Civil Veterinary Dept. Assam report 1911-1927 - 1911-1927
Year: 1911
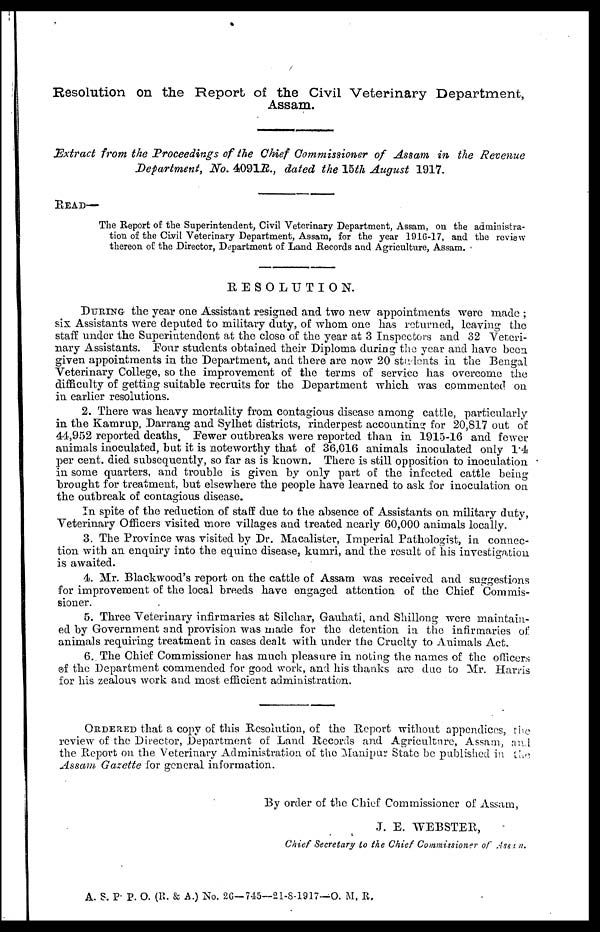
Resolution on the Report of the Civil Veterinary Department,
Assam.
Extract from the Proceedings of the Chief Commissioner of Assam in the Revenue
Department, No. 4091R., dated the 15th August 1917.
READ—
The Report of the Superintendent, Civil Veterinary Department, Assam, on the administra-
tion of the Civil Veterinary Department, Assam, for the year 1916-17, and the review
thereon of the Director, Department of Land Records and Agriculture, Assam.
RESOLUTION.
DURING the year one Assistant resigned and two new appointments were made ;
six Assistants were deputed to military duty, of whom one has returned, leaving the
staff under the Superintendent at the close of the year at 3 Inspectors and 32 Veteri-
nary Assistants. Four students obtained their Diploma during the year and have been
given appointments in the Department, and there are now 20 students in the Bengal
Veterinary College, so the improvement of the terms of service has overcome the
difficulty of getting suitable recruits for the Department which was commented on
in earlier resolutions.
2. There was heavy mortality from contagious disease among cattle, particularly
in the Kamrup, Darrang and Sylhet districts, rinderpest accounting for 20,817 out of
44,952 reported deaths. Fewer outbreaks were reported than in 1915-16 and fewer
animals inoculated, but it is noteworthy that of 36,016 animals inoculated only 1.4
per cent. died subsequently, so far as is known. There is still opposition to inoculation
in some quarters, and trouble is given by only part of the infected cattle being
brought for treatment, but elsewhere the people have learned to ask for inoculation on
the outbreak of contagious disease.
In spite of the reduction of staff due to the absence of Assistants on military duty,
Veterinary Officers visited more villages and treated nearly 60,000 animals locally.
3. The Province was visited by Dr. Macalister , Imperial Pathologist, in connec-
tion with an enquiry into the equine disease, kumri, and the result of his investigation
is awaited.
4. Mr. Blackwood's report on the cattle of Assam was received and suggestions
for improvement of the local breeds have engaged attention of the Chief Commis-
sioner.
5. Three Veterinary infirmaries at Silchar, Gauhati, and Shillong were maintain-
ed by Government and provision was made for the detention in the infirmaries of
animals requiring treatment in cases dealt with under the Cruelty to Animals Act.
6. The Chief Commissioner has much pleasure in noting the names of the officers
of the Department commended for good work, and his thanks are due to Mr. Harris
for his zealous work and most efficient administration.
ORDERED that a copy of this Resolution, of the Report without appendices, the
review of the Director, Department of Land Records and Agriculture, Assam, and
the Report on the Veterinary Administration of the Manipur State be published in the
Assam Gazette for general information.
By order of the Chief Commissioner of Assam,
J. E. WEBSTER,
Chief Secretary to the Chief Commissioner of Assam.
A. S. P. P. O. (R. & A.) No. 26—745—21-8-1917—O. M. R.